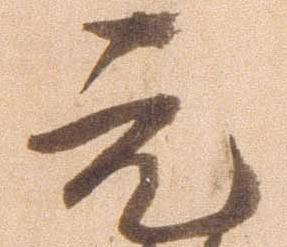
元